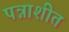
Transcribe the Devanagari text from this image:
पन्नाशीत